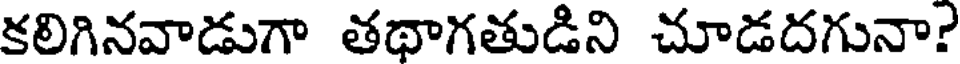
కలిగినవాడుగా తథాగతుడిని చూడదగునా?